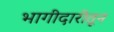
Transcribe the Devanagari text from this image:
भागीदारीतून